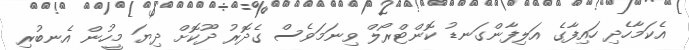
އެކަމާހެދި ހައިފާގެ އަލިފާންގަނޑު ކޮންޓްރޯލް ވިނަމަވެސް ގެދޮރު ދޫކޮށް ދިޔަ މީހުން އެނބުރި